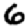
Digit: 6